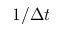
1 / \Delta t